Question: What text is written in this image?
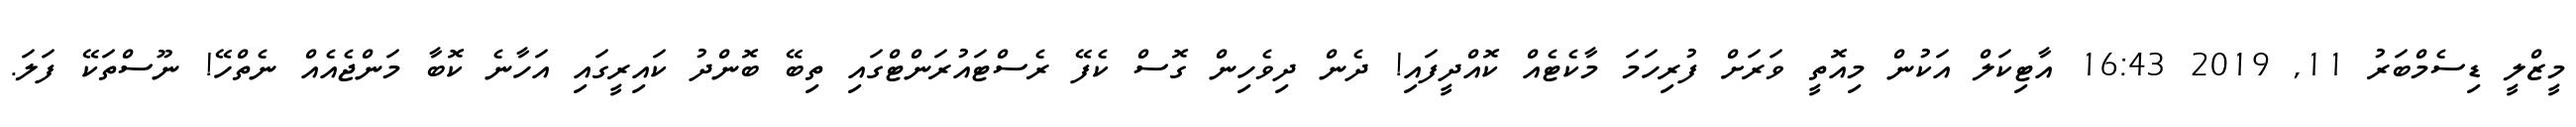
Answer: މީޒްލީ ޑިސެމްބަރު 11, 2019 16:43 އާޓިކަލް އަކުން މިއޮތީ ވަރަށް ފުރިހަމަ މާކެޓެއް ކޮއްދީފައި! ދެން ދިވެހިން ގޮސް ކެފޭ ރެސްޓައުރަންޓްގައި ތިބޭ ބޮންދު ކައިރީގައި އަހާނެ ކޮބާ މަންޖެއެއް ނެތްހޭ! ނޫސްތަކޭ ފަލަ.